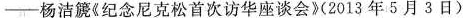
——杨洁篪《纪念尼克松首次访华座谈会》(2013年5月3日)